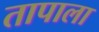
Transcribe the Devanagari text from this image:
तापाला